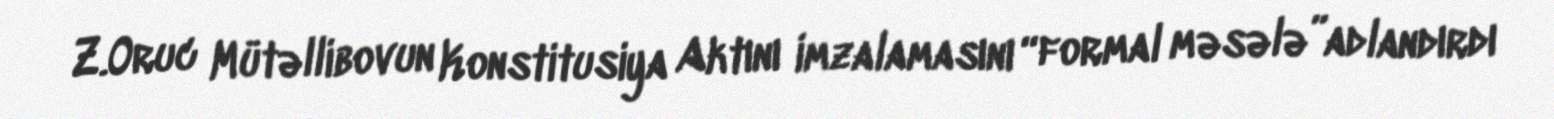
Z.Oruc Mütəllibovun Konstitusiya Aktını imzalamasını “formal məsələ”adlandırdı